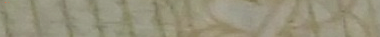
Under New Mgmt